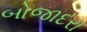
બોજાદરા